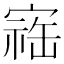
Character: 𪧥